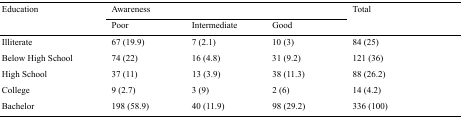
<table><thead><tr><td rowspan="2"><b>Education</b></td><td colspan="3"><b>Awareness</b></td><td rowspan="2"><b>Total</b></td></tr><tr><td><b>Poor</b></td><td><b>Intermediate</b></td><td><b>Good</b></td></tr></thead><tbody><tr><td>Illiterate</td><td>67 (19.9)</td><td>7 (2.1)</td><td>10 (3)</td><td>84 (25)</td></tr><tr><td>Below High School</td><td>74 (22)</td><td>16 (4.8)</td><td>31 (9.2)</td><td>121 (36)</td></tr><tr><td>High School</td><td>37 (11)</td><td>13 (3.9)</td><td>38 (11.3)</td><td>88 (26.2)</td></tr><tr><td>College</td><td>9 (2.7)</td><td>3 (9)</td><td>2 (6)</td><td>14 (4.2)</td></tr><tr><td>Bachelor</td><td>198 (58.9)</td><td>40 (11.9)</td><td>98 (29.2)</td><td>336 (100)</td></tr></tbody></table>